Leaving Certificate Examination (including Day School Certificate (Higher) General paper), 1938
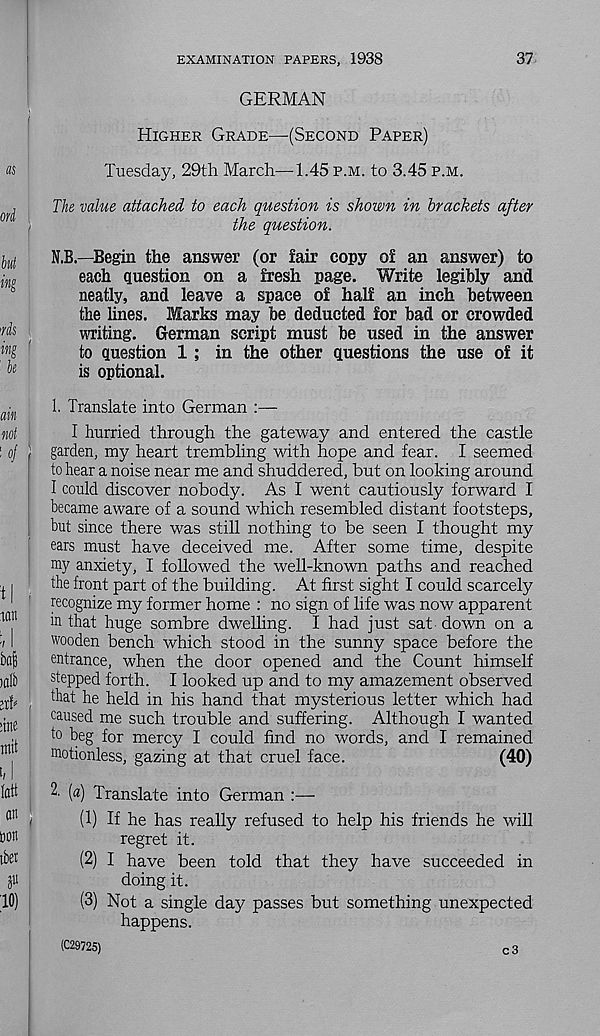
EXAMINATION PAPERS, 1938
37
GERMAN
Higher Grade—(Second Paper)
Tuesday, 29th March—1.45 p.m. to 3.45 p.m.
The value attached to each question is shown in brackets after
the question.
N.B.—Begin the answer (or fair copy of an answer) to
each question on a fresh page. Write legibly and
neatly, and leave a space of half an inch between
the lines. Marks may be deducted for bad or crowded
writing. German script must be used in the answer
to question 1 ; in the other questions the use of it
is optional.
1. Translate into German :—
I hurried through the gateway and entered the castle
' garden, my heart trembling with hope and fear. I seemed
to hear a noise near me and shuddered, but on looking around
I could discover nobody. As I went cautiously forward I
became aware of a sound which resembled distant footsteps,
but since there was still nothing to be seen I thought my
ears must have deceived me. After some time, despite
my anxiety, I followed the well-known paths and reached
the front part of the building. At first sight I could scarcely
recognize my former home : no sign of life was now apparent
m that huge sombre dwelling. I had just sat down on a
wooden bench which stood in the sunny space before the
entrance, when the door opened and the Count himself
stepped forth. I looked up and to my amazement observed
that he held in his hand that mysterious letter which had
caused me such trouble and suffering. Although I wanted
to beg for mercy I could find no words, and I remained
motionless, gazing at that cruel face.
(40)
2’ (a) Translate into German :—
(1) If he has really refused to help his friends he will
regret it.
(2) I have been told that they have succeeded in
doing it.
(3) Not a single day passes but something unexpected
happens.
(C29725)
c3